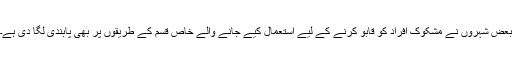
بعض شہروں نے مشکوک افراد کو قابو کرنے کے لیے استعمال کیے جانے والے خاص قسم کے طریقوں پر بھی پابندی لگا دی ہے۔